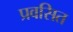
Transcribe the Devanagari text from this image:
प्रवसित